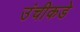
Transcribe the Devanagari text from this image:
उंचीकडे